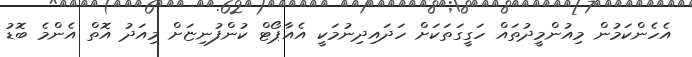
އެހެންކަމުން މިއުންމީދުތައް ހަގީގަތަކަށް ހަދައިދިނުމަކީ އެއާޕޯޓް ކުންފުނިޏަށް މިއަދު އޮތް އެންމެ ބޮޑު